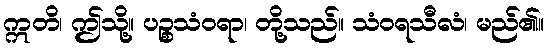
ဣတိ၊ ဤသို့။ ပဉ္စသံဝရာ၊ တို့သည်။ သံဝရသီလံ၊ မည်၏။